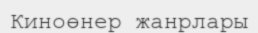
Киноөнер жанрлары